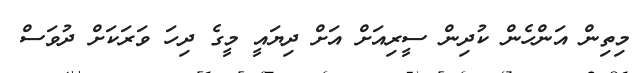
މިތިން އަންހެން ކުދިން ސީރިއަށް އަށް ދިޔައީ މީގެ ދިހަ ވަރަކަށް ދުވަސް